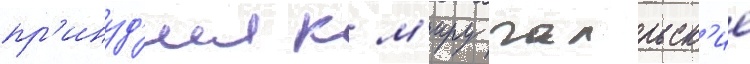
пр'инуд'ил к м'иру галльск'ие